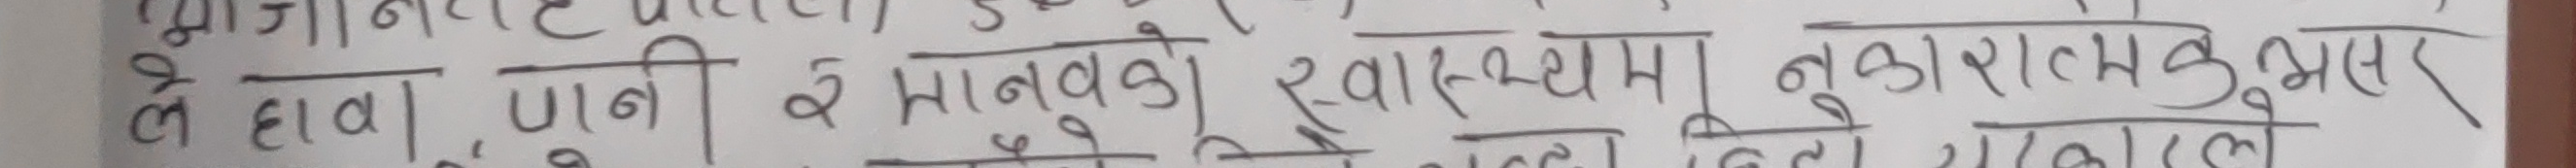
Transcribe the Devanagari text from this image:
वे हावा, पानी र मानवको स्वास्थ्यमा नुकुरातलनुसार